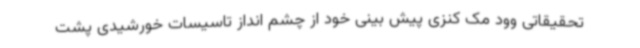
تحقیقاتی وود مک کنزی پیش بینی خود از چشم انداز تاسیسات خورشیدی پشت